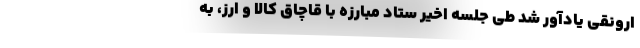
ارونقی یادآور شد طی جلسه اخیر ستاد مبارزه با قاچاق کالا و ارز، به